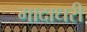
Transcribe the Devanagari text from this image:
गादाधरी